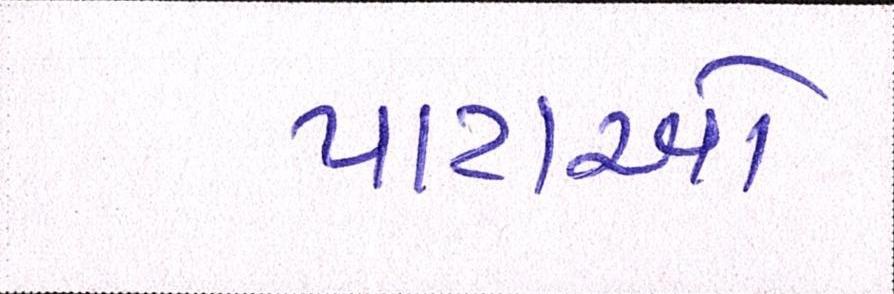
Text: પાટાઓ